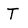
Character: T